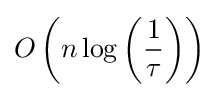
O\left(n\log \left({\frac {1}{\tau }}\right)\right)